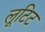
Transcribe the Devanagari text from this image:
लूटिट